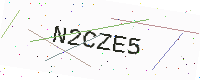
Text: N2CZE5